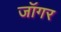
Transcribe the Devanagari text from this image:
जॉगर